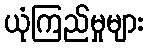
ယုံကြည်မှုများ